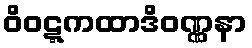
ဝိဝဋ္ဋကထာဒိဝဏ္ဏနာ